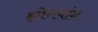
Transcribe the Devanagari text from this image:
झोंगयांग